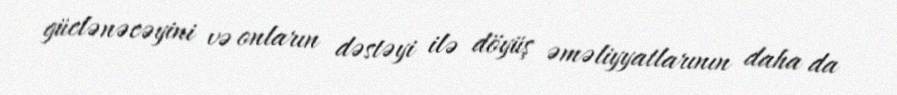
güclənəcəyini və onların dəstəyi ilə döyüş əməliyyatlarının daha da